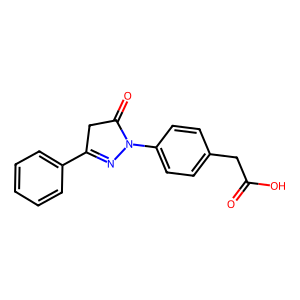
SMILES: O=C(O)Cc1ccc(N2N=C(c3ccccc3)CC2=O)cc1
Inhibits HIV replication: No